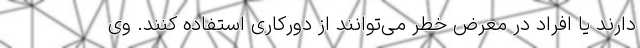
دارند یا افراد در معرض خطر می‌توانند از دورکاری استفاده کنند. وی